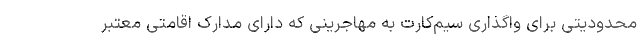
محدودیتی برای واگذاری سیم‌کارت به مهاجرینی که دارای مدارک اقامتی معتبر